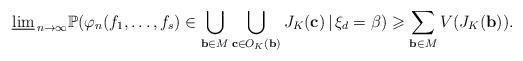
LaTeX: \begin{align*}\underline\lim_{\,n\to\infty}{\mathbb P}(\varphi_n(f_1,\ldots,f_s)\in \bigcup_{\mathbf b\in M} \bigcup_{\mathbf c\in O_K(\mathbf b)}J_K(\mathbf c)\,|\, \xi_d=\beta)\geqslant\sum_{\mathbf b\in M} V(J_K(\mathbf b)).\end{align*}